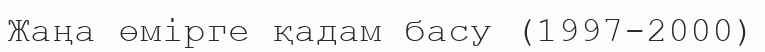
Жаңа өмірге қадам басу (1997-2000)